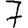
Digit: 7